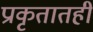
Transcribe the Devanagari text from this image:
प्राकृतातही